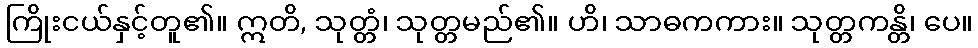
ကြိုးငယ်နှင့်တူ၏။ ဣတိ, သုတ္တံ၊ သုတ္တမည်၏။ ဟိ၊ သာဓကကား။ သုတ္တကန္တိ၊ ပေ။